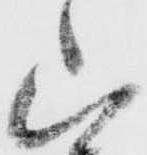
山